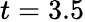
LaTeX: t=3.5